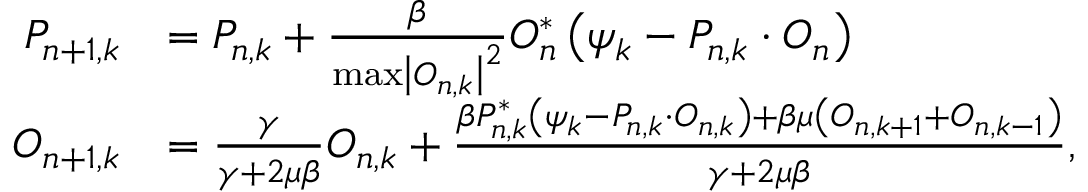
\begin{array} { r l } { P _ { n + 1 , k } } & { = P _ { n , k } + \frac { \beta } { \operatorname* { m a x } \left| O _ { n , k } \right| ^ { 2 } } O _ { n } ^ { * } \left( \psi _ { k } - P _ { n , k } \cdot O _ { n } \right) } \\ { O _ { n + 1 , k } } & { = \frac { \gamma } { \gamma + 2 \mu \beta } O _ { n , k } + \frac { \beta P _ { n , k } ^ { * } \left( \psi _ { k } - P _ { n , k } \cdot O _ { n , k } \right) + \beta \mu \left( O _ { n , k + 1 } + O _ { n , k - 1 } \right) } { \gamma + 2 \mu \beta } , } \end{array}